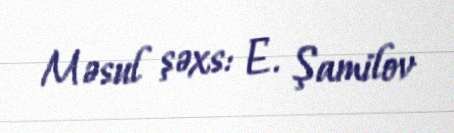
Məsul şəxs: E. Şamilov